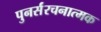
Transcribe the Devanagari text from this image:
पुनर्संरचनात्मक